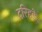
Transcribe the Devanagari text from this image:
दरिहड़े